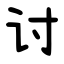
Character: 讨